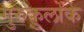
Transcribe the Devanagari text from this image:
गुरुकुलोंके